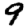
Digit: 9